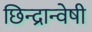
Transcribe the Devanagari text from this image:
छिन्‍द्रान्‍वेषी